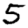
Digit: 5